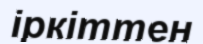
іркіттен